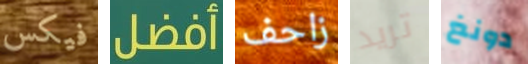
فيكس أفضل زاحف تريد دونغ